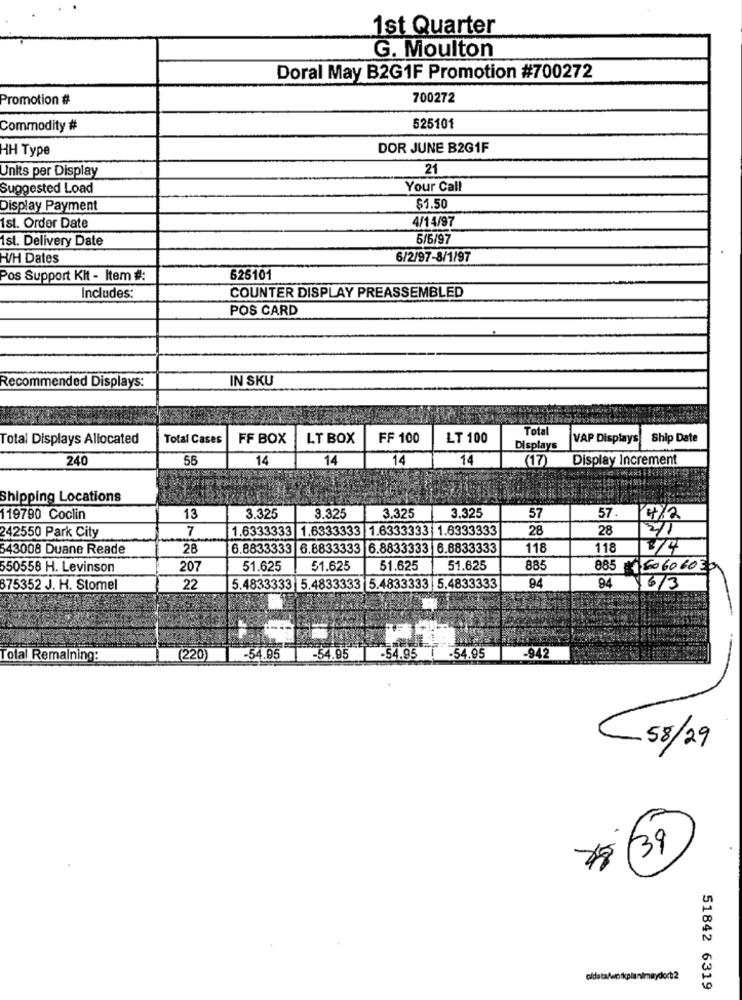
1st Quarter
G. Moulton
Doral May B2G1F Promotion #700272
Promotion #
700272
Commodity #
525101
HH Type
DOR JUNE B2G1F
Units per Display
21
Suggested Load
Your Call
Display Payment
$1.50
4/14/97
1st. Order Date
1st. Delivery Date
5/6/97
WV/H Dates
6/2/97-8/1/97
Pos Support Kit - Item #:
625101
Includes:
COUNTER DISPLAY PREASSEMBLED
POS CARD
IN SKU
Recommended Displays:
Total
Total Displays Allocated
Total Cases
FF BOX
LT BOX
FF 100
LT 100
VAP Displays
Ship Date
Displays
24.0
55
14
14
14
14
(17)
Display Increment
Shipping Locations
57
119790 Coclin
13
3.325
3.325
3,325
3.325
57.4/2
7
1.6333333 1.6333333 1.6333333 1.6333333
28
28
242550 Park City
3/1
643008 Duane Reade
28
6.8833333 6.8833333 6.8833333 6.8833333
118
118
3/4
550558 H. Levinson
207
51.625
51.625
51.625
51.625
885
885 16060603
875352 J. H. Stomel
22
5.4833333 5.4833333 5.4833333 5.4833333
94
94
16/3
Total Remaining:
(220)
-54.95 | -54.95
-54.95 | -54.95 -942
58/29
39
51842 6319